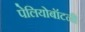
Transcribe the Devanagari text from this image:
पेलियोबॉटनी